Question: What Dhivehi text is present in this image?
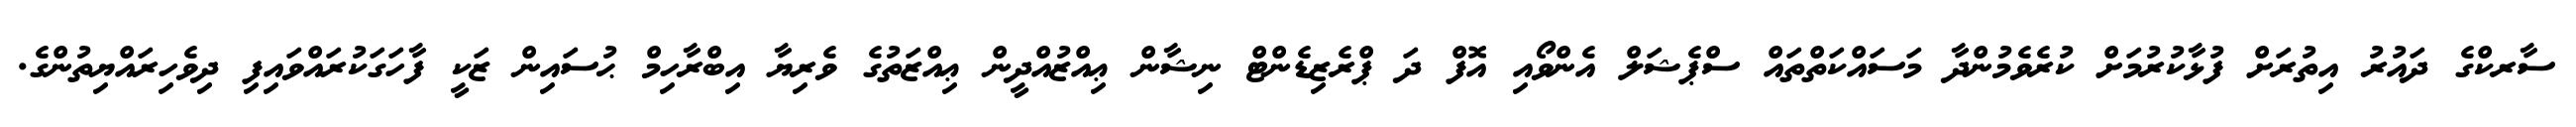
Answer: ސާރކްގެ ދައުރު އިތުރަށް ފުޅާކުރުމަށް ކުރެވެމުންދާ މަސައްކަތްތައް ސްޕެޝަލް އެންވޯއި އޮފް ދަ ޕްރެޒިޑެންޓް ނިޝާން ޢިއްޒުއްދީން ޢިއްޒަތުގެ ވެރިޔާ އިބްރާހިމް ޙުސައިން ޒަކީ ފާހަގަކުރައްވައިފި ދިވެހިރައްޔިތުންގެ.